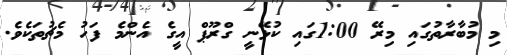
މި މުބާރާތުގައި މިރޭ 1:00ގައި ކުޅޭނީ ގްރޫޕް އީގެ އެންމެ ފަހު މެޗުތަކެވެ.